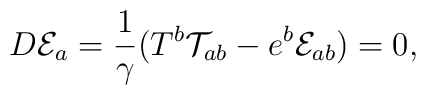
D{\cal E}_{a}=\frac{1}{\gamma }(T^{b}{\cal T}_{ab}-e^{b}{\cal E}_{ab})=0,